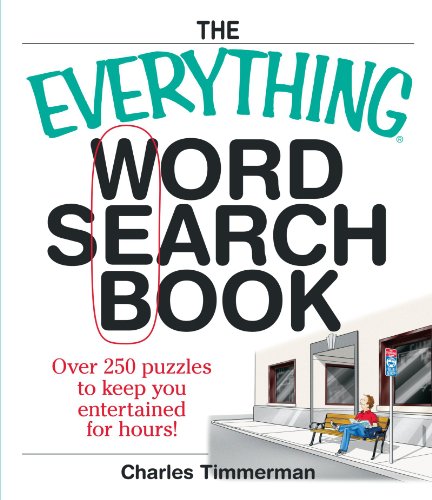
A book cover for The Everything Word Search Book: Over 250 Puzzles to Keep You Entertained for Hours!; Charles Timmerman; Humor & Entertainment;